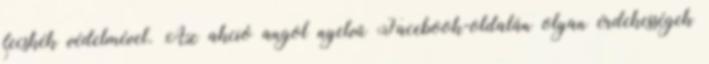
fecskék védelmével. Az akció angol nyelvű Facebook-oldalán olyan érdekességek